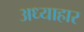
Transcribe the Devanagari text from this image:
अध्याहार